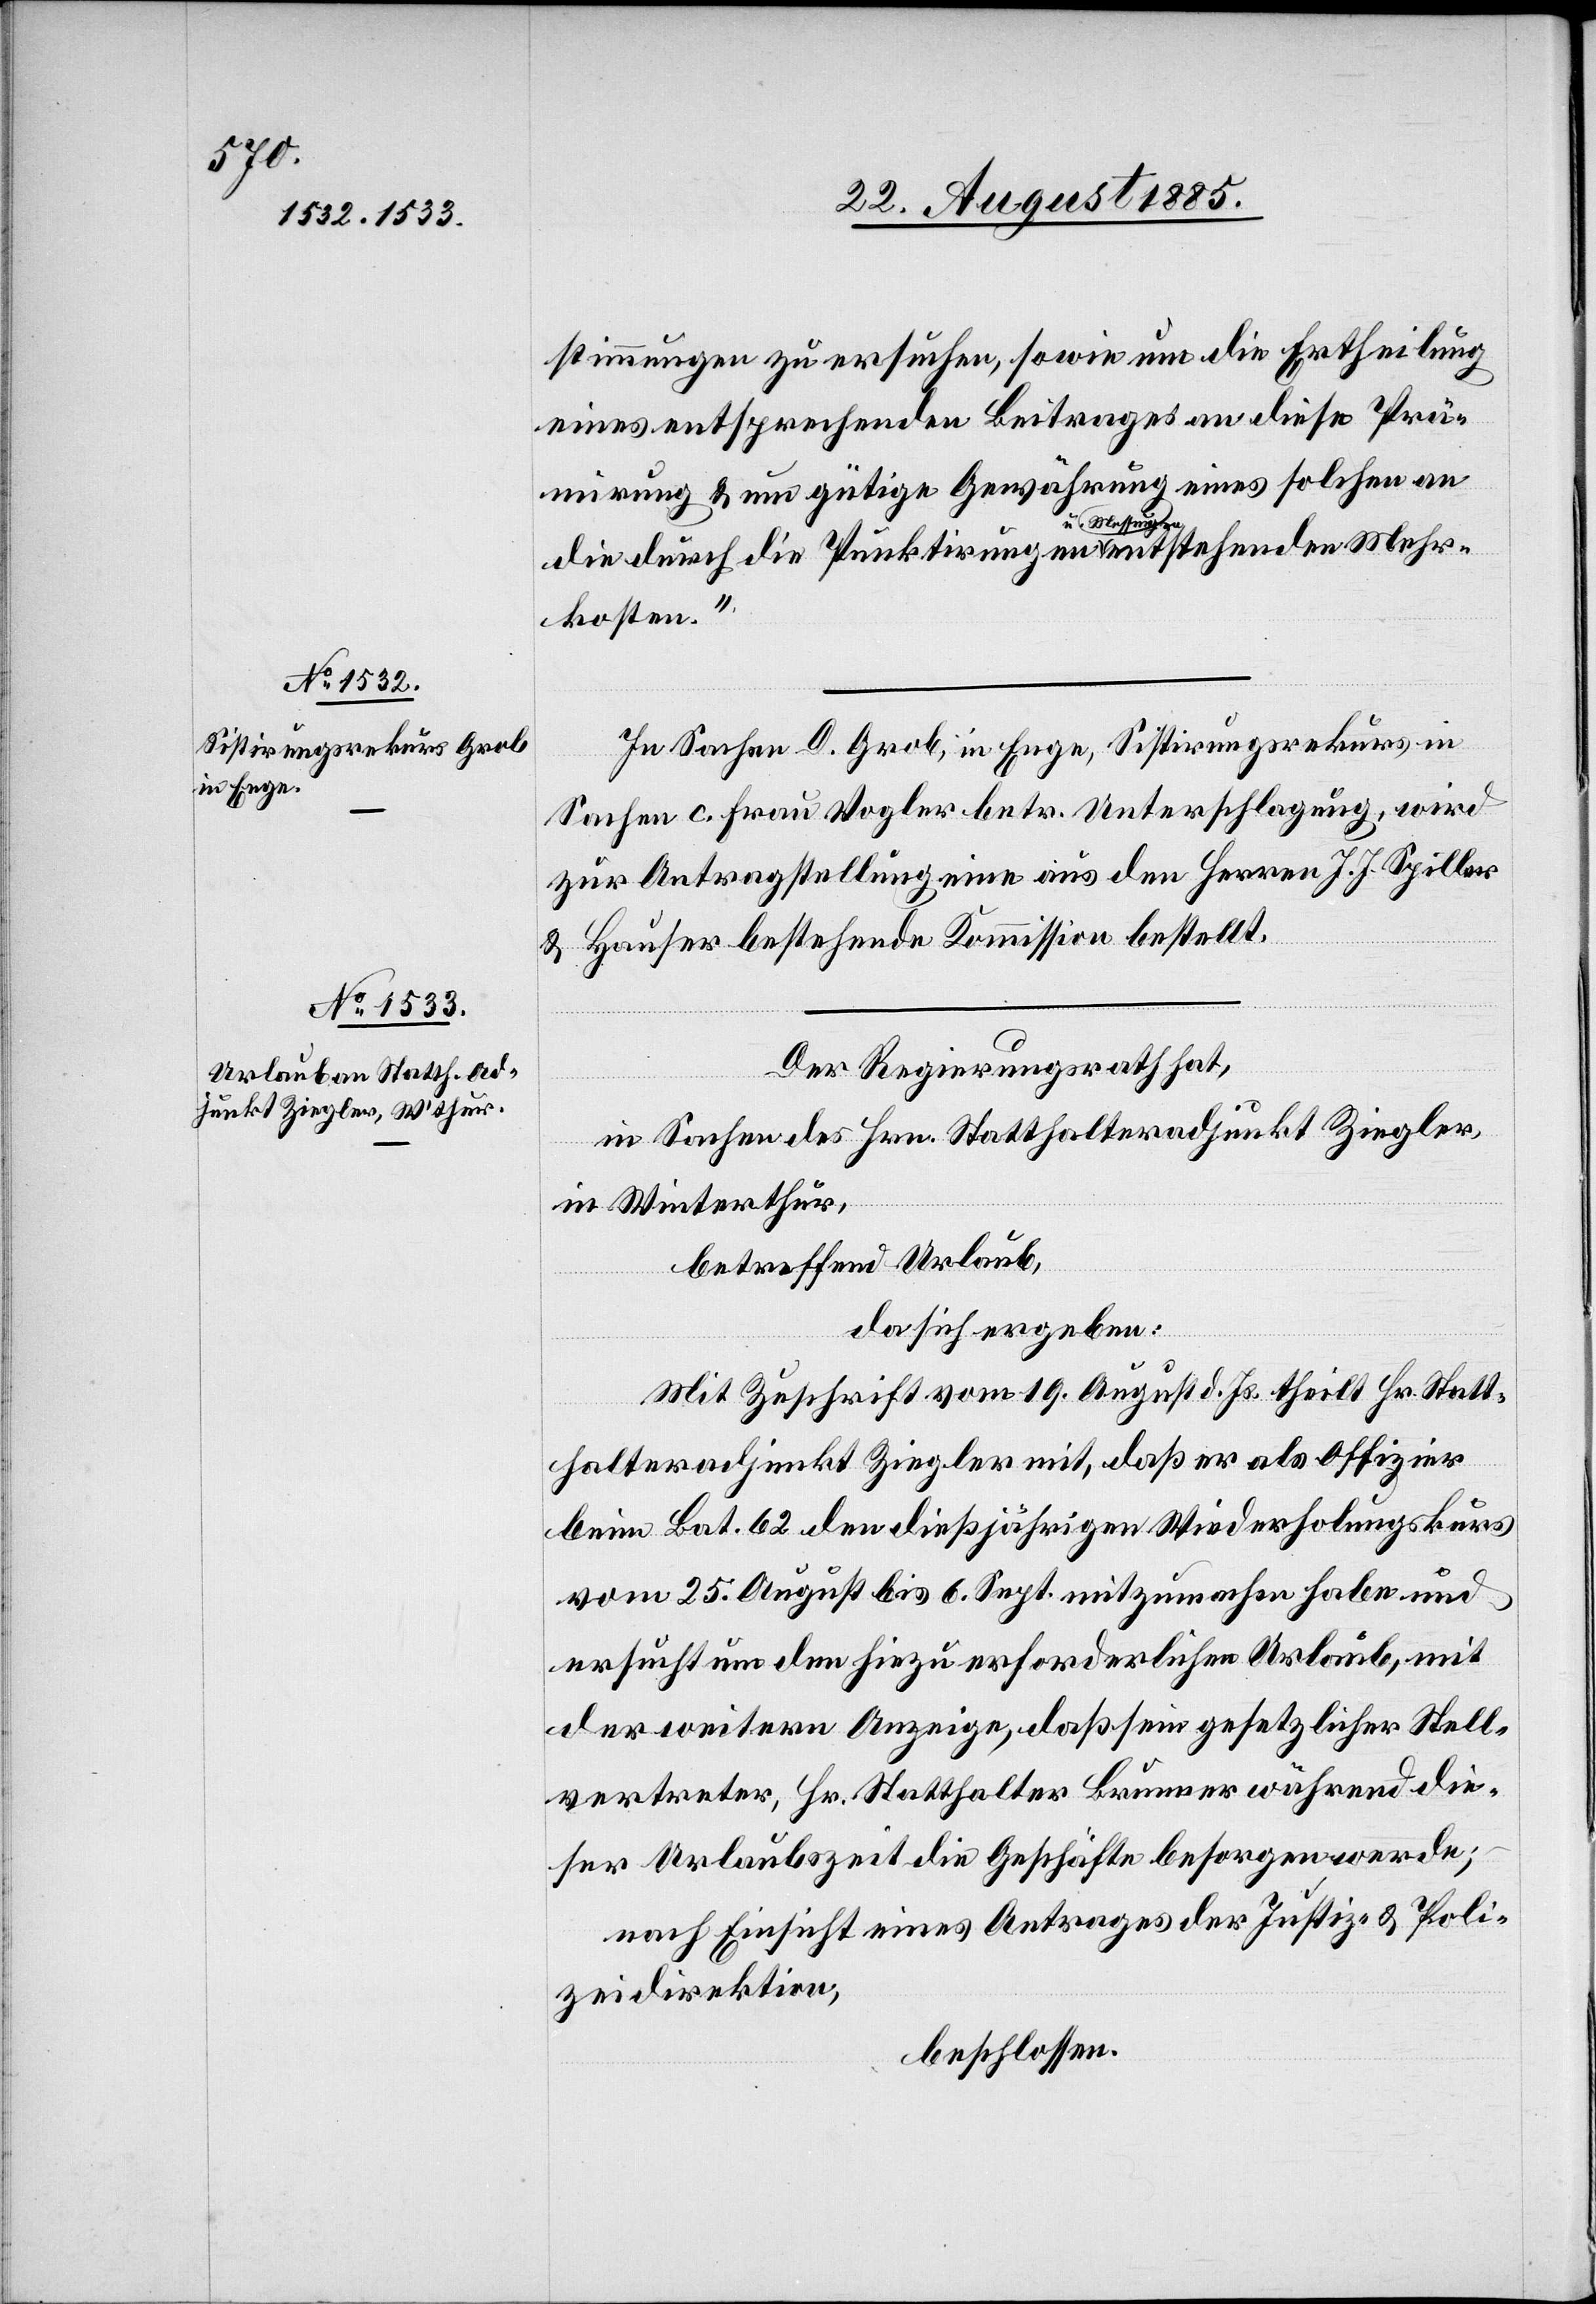
stimmungen zu ersuchen, sowie um die Ertheilung
eines entsprechenden Beitrages an diese Prä¬
mirung & um gütige Gewährung eines solchen an
die durch die Punktirungen a-u. Messungen-a
Mehrkosten.
In Sachen D. Grob, in Enge, Sistirungsrekurs, in
Sachen c. Frau Vogler betr. Unterschlagung, wird
zur Antragstellung eine aus den Herren J. J. Spiller
& Hauser bestehende Kommission bestellt.
Der Regierungsrath hat,
in Sachen des Hrn. Statthalteradjunkt Ziegler
in Winterthur,
betreffend Urlaub,
da sich ergeben:
Mit Zuschrift vom 19. August d. Js. theilt Hr. Statt¬
halteradjunkt Ziegler mit, daß er als Offizier
beim Bat. 62 den dießjährigen Wiederholungskurs
vom 25. August bis 6. Sept. mitzumachen habe und
ersucht um den hiezu erforderlichen Urlaub, mit
der weitern Anzeige, daß sein gesetzlicher Stell¬
vertreter, Hr. Statthalter Brunner während die¬
ser Urlaubszeit die Geschäfte besorgen werde;
nach Einsicht eines Antrages der Justiz- & Poli¬
zeidirektion,
beschlossen: